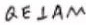
Q E \bot A M